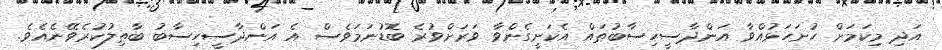
އަދި މިކަމަށް ހުށަހަޅުއްވާ އަންދާސީހިސާބުތައް އެކަށީގެންވާ ވަރަށްވުރެ ބޮޑުނަމަވެސް އެ އަންދާސީހިސާބު ބާޠިލުކުރެވޭނެއެވެ.